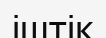
іштік